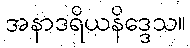
အနာဒရိယနိဒ္ဒေသ။